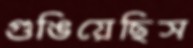
গুঙিয়েছিস